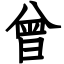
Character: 曾